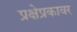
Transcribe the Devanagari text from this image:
प्रक्षेप्रकावर